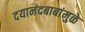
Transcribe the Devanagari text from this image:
दयानंदबाबांमुळे